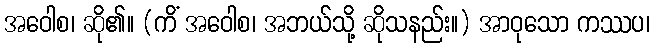
အဝေါစ၊ ဆို၏။ (ကိံ အဝေါစ၊ အဘယ်သို့ ဆိုသနည်း။) အာဝုသော ကဿပ၊